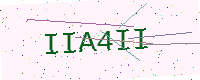
Text: IIA4II